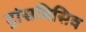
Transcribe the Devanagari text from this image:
ट्रांसमिसिव